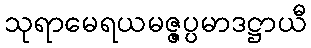
သုရာမေရယမဇ္ဇပ္ပမာဒဋ္ဌာယီ